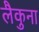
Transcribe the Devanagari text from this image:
लैकुना